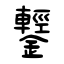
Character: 鑋